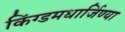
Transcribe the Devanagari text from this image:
किंग्डमधार्जिण्या